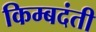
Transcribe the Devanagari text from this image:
किम्बदंती